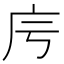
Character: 𢇡